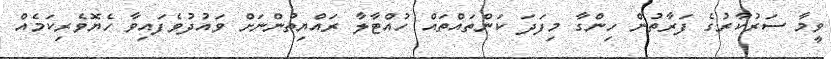
ވީމާ ސަރުކާރުގެ ފަރާތުން ހިންގާ މިފަދަ ކަންތައްތައް ހުއްޓާލާ ރައްޔިތުންނަށް ވައުދުވެފައިވާ ހެޔޮވެރިކަމެއް